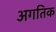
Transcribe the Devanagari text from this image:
अगतिक